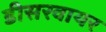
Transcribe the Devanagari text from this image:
डीसरवायर